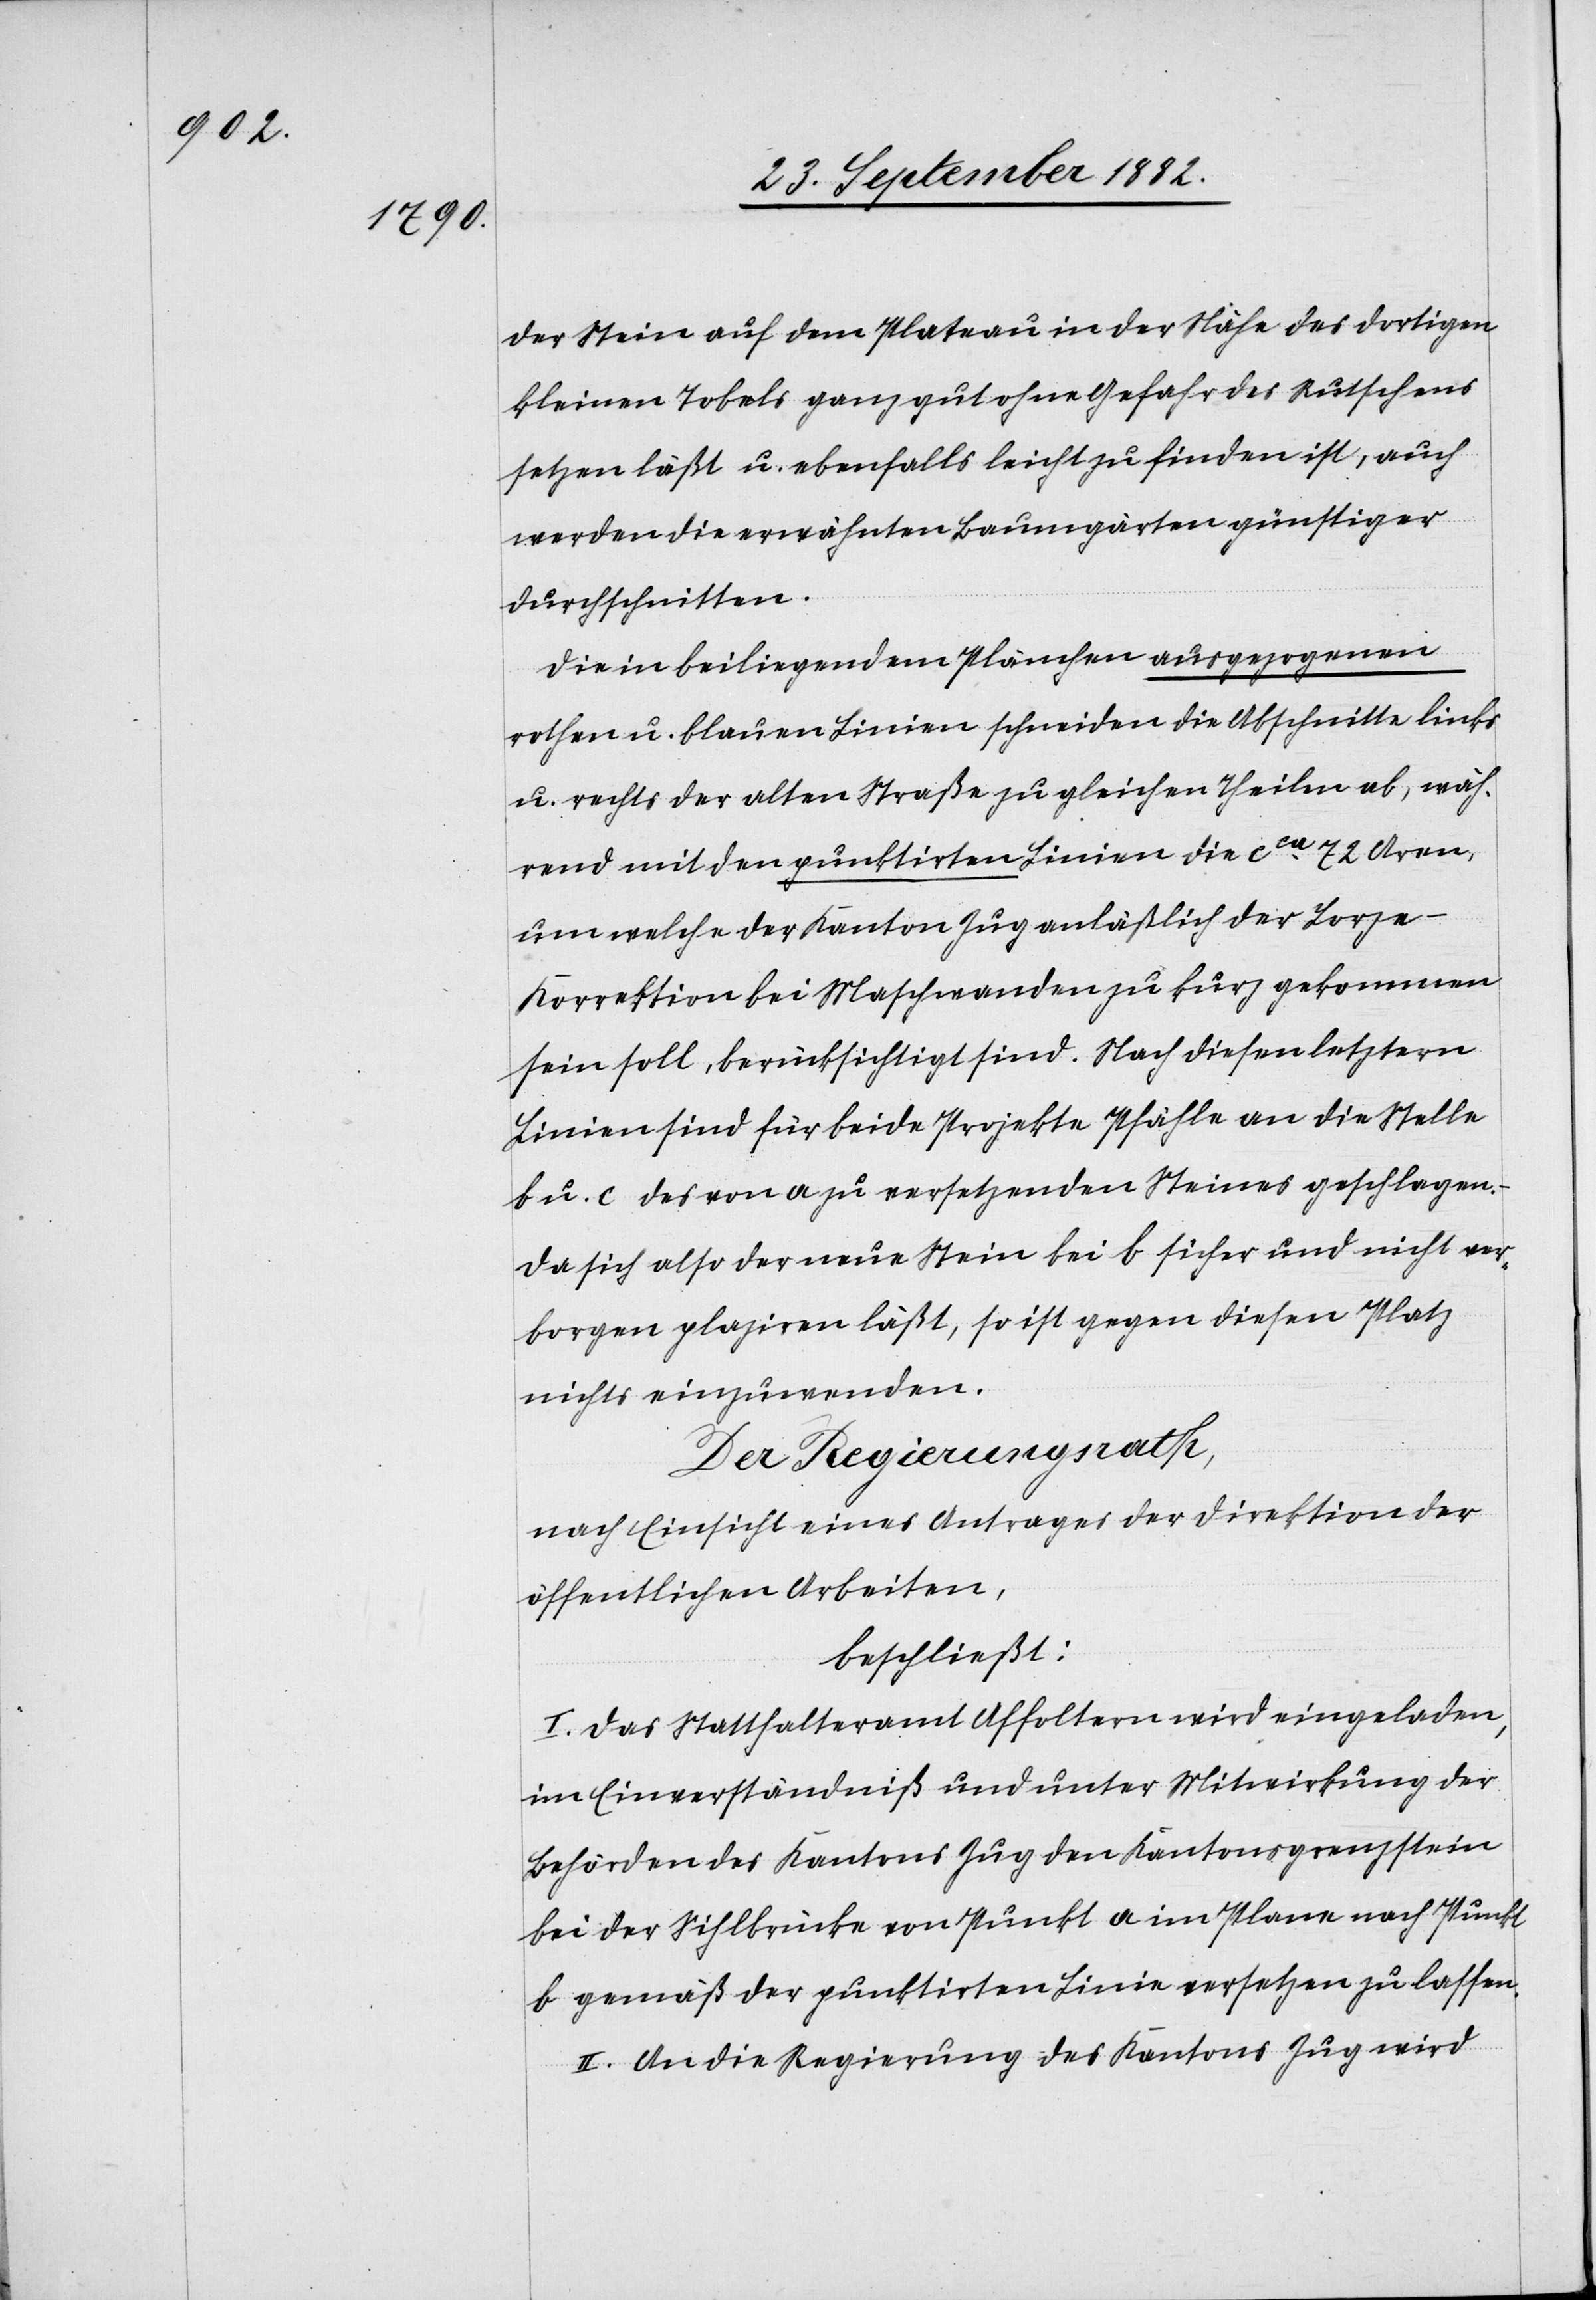
der Stein auf dem Plateau in der Nähe des dortigen
kleinen Tobels ganz gut ohne Gefahr des Rutschens
setzen läßt u. ebenfalls leicht zu finden ist, auch
werden die erwähnten Baumgärten günstiger
durchschnitten.
Die in beiliegendem Plänchen ausgezogenen
rothen u. blauen Linien schneiden die Abschnitte links
u. rechts der alten Straße zu gleichen Theilen ab, wäh¬
rend mit den punktirten Linien die ca 72 Aren,
um welche der Kanton Zug anläßlich der Lorze-K¬
orrektion bei Maschwanden zu kurz gekommen
sein soll, berücksichtigt sind. Nach diesen letztern
Linien sind für beide Projekte Pfähle an die Stelle
b u. c des von a zu versetzenden Steines geschlagen.
Da sich also der neue Stein bei b sicher und nicht ver¬
borgen plaziren läßt, so ist gegen diesen Platz
nichts einzuwenden.
Der Regierungsrath,
nach Einsicht eines Antrages der Direktion der
öffentlichen Arbeiten,
beschließt:
I. Das Statthalteramt Affoltern wird eingeladen,
im Einverständniß und unter Mitwirkung der
Behörden des Kantons Zug den Kantonsgrenzstein
bei der Sihlbrücke von Punkt a im Plane nach Punkt
b gemäß der punktirten Linie versetzen zu lassen.
II. An die Regierung des Kantons Zug wird